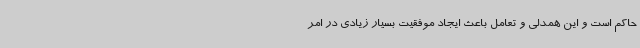
حاکم است و این همدلی و تعامل باعث ایجاد موفقیت بسیار زیادی در امر